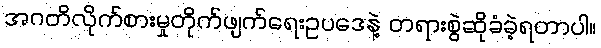
အဂတိလိုက်စားမှုတိုက်ဖျက်ရေးဥပဒေနဲ့ တရားစွဲဆိုခံခဲ့ရတာပါ။